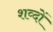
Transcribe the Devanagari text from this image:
शव्‍दों